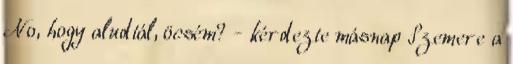
No, hogy aludtál, öcsém? - kérdezte másnap Szemere a